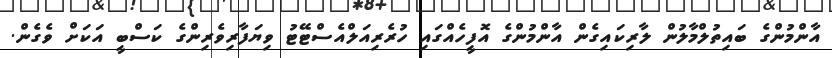
އާންމުންގެ ބައިތުލްމާލުން ލާރިކައިގެން އާންމުންގެ އޮފީހެއްގައި ހުރެރިއަލްއެސްޓޭޓު ވިޔަފާރިވެރިންގެ ކަސްބީ އަކަށް ވެގެން.